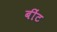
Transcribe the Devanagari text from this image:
बींट